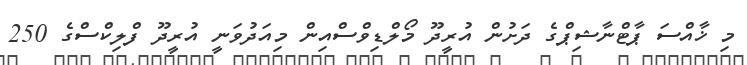
މި ޚާއްސަ ޕާޓްނާޝިޕްގެ ދަށުން އުރީދޫ މޯލްޑިވްސްއިން މިއަދުވަނީ އުރީދޫ ފްލިކްސްގެ 250